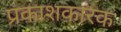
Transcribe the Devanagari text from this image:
प्रकाशकारक